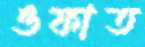
ওফাত